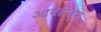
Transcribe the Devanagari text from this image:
आवलंबून